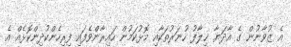
އެ ޒުވާނުން ގެ އާދަޔާ ޚިލާފު ހުނަރުތަކާއި މޮޅުކަމުން ހައިރާންވެފައި ފިރިހެންކުދިންކޮޅެއް އެ